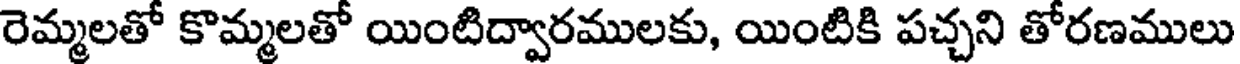
రెమ్మలతో కొమ్మలతో యింటిద్వారములకు, యింటికి పచ్చని తోరణములు